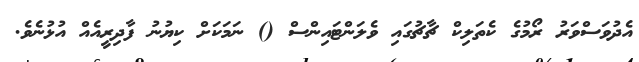
އެދުވަސްވަރު ރޯމުގެ ކެތަލިކް ޗާޗުގައި ވެލަންޓައިންސް () ނަމަކަށް ކިޔުނު ފާދިރީއެއް އުޅުނެވެ.